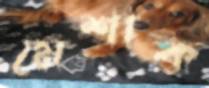
মেশাক